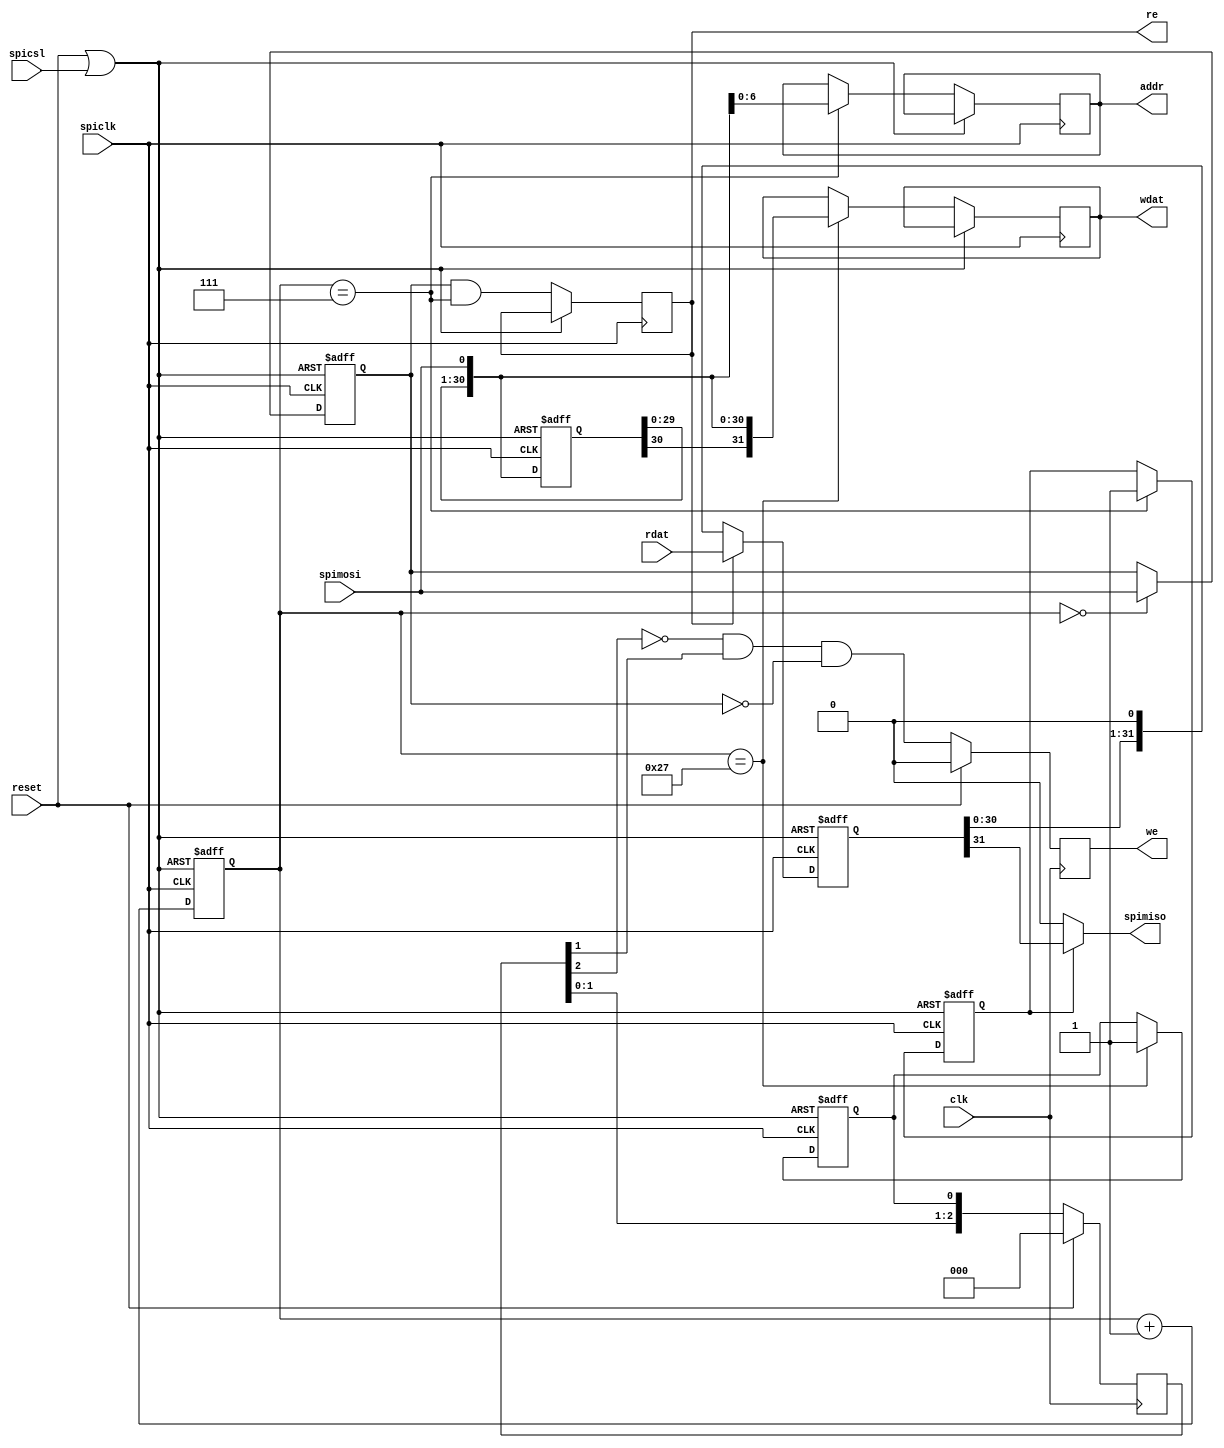
module spi_slave_13(clk, reset,
			spiclk, spimosi, spimiso, spicsl,
			we, re, wdat, addr, rdat);
	parameter asz = 7;				
	parameter dsz = 32;				
	input clk;						
	input reset;					
	input spiclk;					
	input spimosi;					
	output spimiso;					
	input spicsl;					
	output we;						
	output re;						
	output [dsz-1:0] wdat;			
	output [asz-1:0] addr;			
	input [dsz-1:0] rdat;			
	reg [5:0]  mosi_cnt;			
	reg [dsz-1:0] mosi_shift;		
	reg rd;							
	reg [asz-1:0] addr;				
	reg eoa;						
	reg	re;							
	reg [dsz-1:0] wdat;				
	reg eot;						
	wire       spi_reset = reset | spicsl;	
 	always@(posedge spiclk or posedge spi_reset)
		if (spi_reset)
		begin
			mosi_cnt <= 'b0;
			mosi_shift <= 32'h0;
			eoa <= 'b0;
			rd <= 'b0;
			eot <= 'b0;
		end
		else 
		begin
			mosi_cnt <= mosi_cnt + 1;
			mosi_shift <= {mosi_shift[dsz-2:0], spimosi};
			if(mosi_cnt == 0)
				rd <= spimosi;
			if(mosi_cnt == asz)
			begin
				addr <= {mosi_shift[asz-2:0],spimosi};
				eoa <= 1'b1;
			end
			re <= rd & (mosi_cnt == asz);
			if(mosi_cnt == (asz+dsz))
			begin
				wdat <= {mosi_shift[dsz-2:0],spimosi};
				eot <= 1'b1;
			end
		end
	reg [dsz-1:0] miso_shift;
	always @(negedge spiclk or posedge spi_reset)
		if (spi_reset)
		begin
			miso_shift <= 32'h0;
		end
		else
		begin
			if(re)
				miso_shift <= rdat;
			else
				miso_shift <= {miso_shift[dsz-2:0],1'b0};
		end
	assign spimiso = eoa ? miso_shift[dsz-1] : 1'b0;
	reg [2:0] we_dly;
	reg we;
	always @(posedge clk)
		if(reset)
		begin
			we_dly <= 0;
			we <= 0;
		end
		else
	 	begin
			we_dly <= {we_dly[1:0],eot};
			we <= ~we_dly[2] & we_dly[1] & ~rd;
		end
endmodule